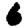
Digit: 6